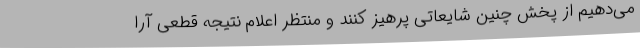
می‌دهیم از پخش چنین شایعاتی پرهیز کنند و منتظر اعلام نتیجه قطعی آرا